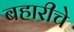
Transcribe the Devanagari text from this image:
बहारीचे